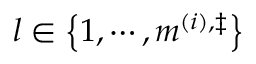
l \in \left\{ 1 , \cdots , m ^ { \left( i \right) , \ddag } \right\}